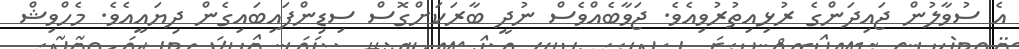
އެ ސުވާލުން ޖައިދަންގެ ރުޅިއިތުރުވިއެވެ. ޖަވާބެއްވެސް ނުދީ ބާރަކަށްގޮސް ސިޑިންފައިބައިގެން ދިޔައީއެވެ. މެހްވިޝް